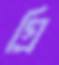
গ্রি